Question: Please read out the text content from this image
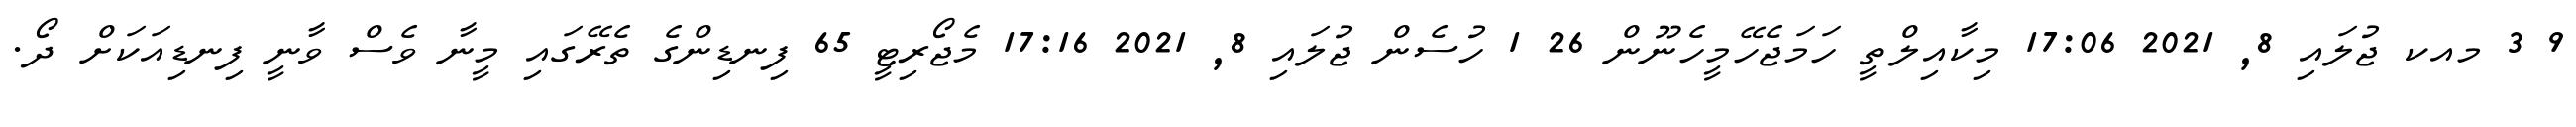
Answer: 9 3 މއކ ޖުލައި 8, 2021 17:06 މިކާއިލްތީ ހަމަޖެހޭމީހެނޫން 26 1 ހުސެން ޖުލައި 8, 2021 17:16 މެޖޯރިޓީ 65 ފިނޑިންގެ ތެރޭގައި މީނާ ވެސް ވާނީ ފިނޑިއަކަށް ދޯ.